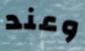
وعند